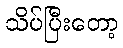
သိပ်ပြီးတော့